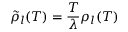
\tilde { \rho } _ { l } ( T ) = \frac { T } { \lambda } \rho _ { l } ( T )